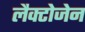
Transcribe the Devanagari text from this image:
लैक्टोजेन